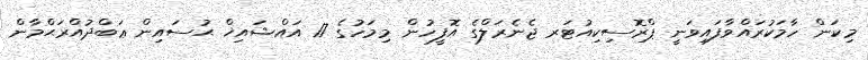
މިކަން ހާމަކުރައްވާފައިވަނީ ޕްރޮސިކިއުޓަރ ޖެނެރަލްގެ އޮފީހުން މިމަހުގެ 17 އައްޝައިޚް ޙުސައިން ޢަބްދުއްރަޙްމާން